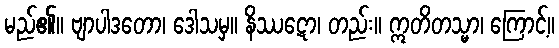
မည်၏။ ဗျာပါဒတော၊ ဒေါသမှ။ နိဿဋော၊ တည်း။ ဣတိတသ္မာ၊ ကြောင့်။